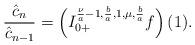
LaTeX: \begin{align*} \frac{\hat c_{n}}{\hat c_{n-1}}= \left( I^{\frac{\nu}{a}-1,\frac{b}{a}, 1,\mu,\frac{b}{a}}_{0+} f\right)(1). \end{align*}